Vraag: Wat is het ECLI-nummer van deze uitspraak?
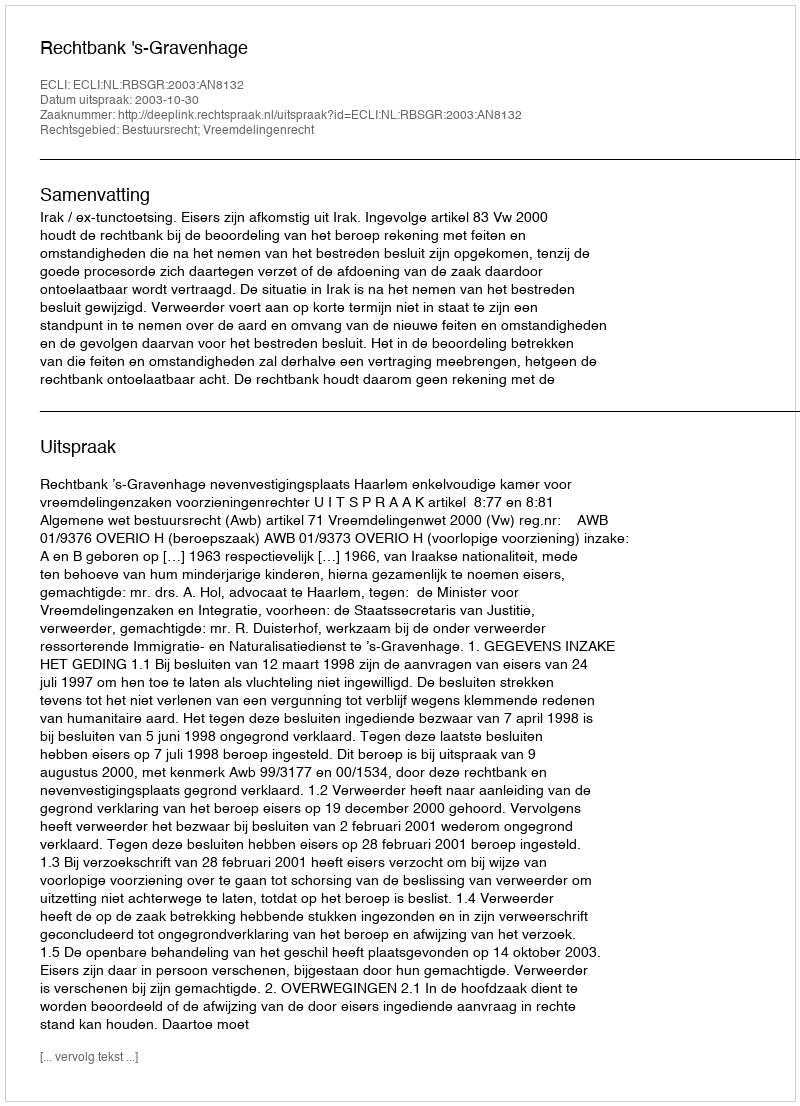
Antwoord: ECLI:NL:RBSGR:2003:AN8132